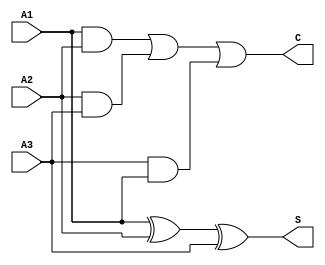
module carry_save_adder (
    input [N-1:0] A1,
    input [N-1:0] A2,
    input [N-1:0] A3,
    output [N-1:0] S,
    output [N-1:0] C
);
    parameter N = 8; // Bit width of the inputs

    // Intermediate sums and carries
    wire [N-1:0] sum1, carry1;
    wire [N-1:0] sum2, carry2;

    // First level of CSA
    assign sum1 = A1 ^ A2 ^ A3; // Sum of three inputs
    assign carry1 = (A1 & A2) | (A2 & A3) | (A3 & A1); // Carry of three inputs

    // For a multi-level CSA, you would continue to combine sums and carries
    // Here we assume a simple case where we just output the first level results
    assign S = sum1; // Final sum output
    assign C = carry1; // Final carry output

endmodule